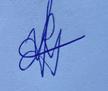
Signature authenticity: genuine